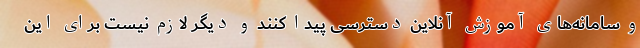
و سامانه‌های آموزش آنلاین دسترسی پیدا کنند و دیگر لازم نیست برای این